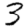
Digit: 3